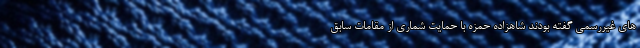
های غیررسمی گفته بودند شاهزاده حمزه با حمایت شماری از مقامات سابق